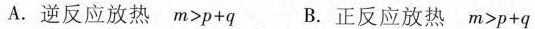
A.逆反应放热$$m > p + q$$ B.正反应放热$$m > p + q$$